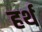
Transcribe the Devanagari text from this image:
हर्थ